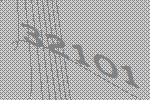
32101